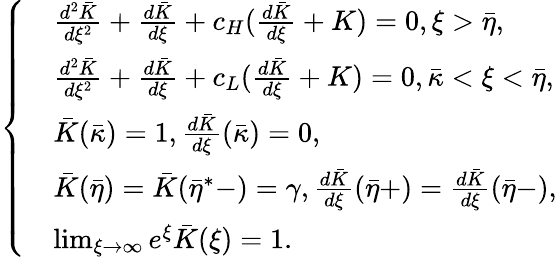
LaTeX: \left\{ \begin{array}{rl}&{\frac{d^{2}\bar{K}}{d\xi^{2}}+\frac{d\bar{K}}{d\xi}+c_{H}(\frac{d\bar{K}}{d\xi}+K)=0,\xi>\bar{\eta},}\\ &{\frac{d^{2}\bar{K}}{d\xi^{2}}+\frac{d\bar{K}}{d\xi}+c_{L}(\frac{d\bar{K}}{d\xi}+K)=0,\bar{\kappa}<\xi<\bar{\eta},}\\ &{\bar{K}(\bar{\kappa})=1,\frac{d\bar{K}}{d\xi}(\bar{\kappa})=0,}\\ &{\bar{K}(\bar{\eta})=\bar{K}(\bar{\eta}^{*}-)=\gamma,\frac{d\bar{K}}{d\xi}(\bar{\eta}+)=\frac{d\bar{K}}{d\xi}(\bar{\eta}-),}\\ &{\operatorname*{lim}_{\xi\rightarrow\infty}e^{\xi}\bar{K}(\xi)=1.}\end{array}\right.